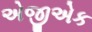
એજીએક